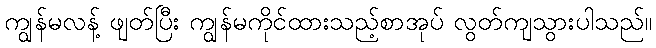
ကျွန်မလန့် ဖျတ်ပြီး ကျွန်မကိုင်ထားသည့်စာအုပ် လွတ်ကျသွားပါသည်။